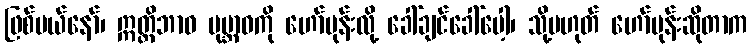
ဖြစ်မယ်နော်၊ ဣတ္ထိဘာဝ ပုမ္ဘာဝကို ဟော်မုန်းလို့ ခေါ်ချင်ခေါ်ပေါ့၊ သို့မဟုတ် ဟော်မုန်းဆိုတာက